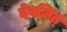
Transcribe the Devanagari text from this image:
देवजित्‌